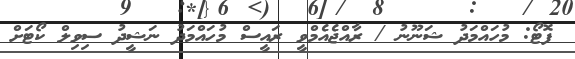
ފޮޓޯ: މުހައްމަދު ޝަނޫނު / ރާއްޖެއެމްވީ ރައީސް މުހައްމަދު ނަޝީދު ސިވިލް ކޯޓަށް